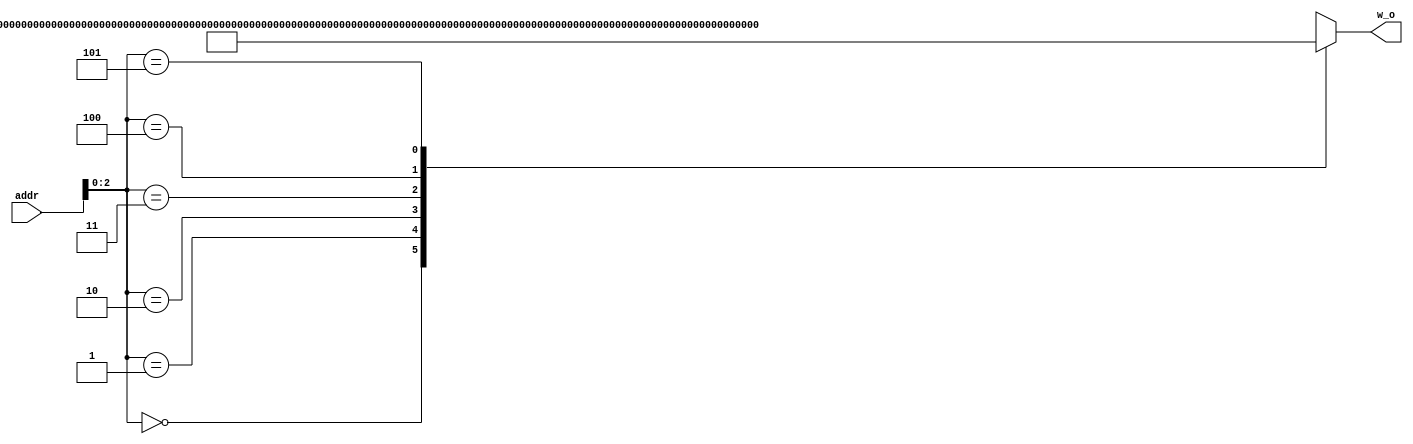
module bo_buffer #(
  parameter D_WL = 24,
  parameter UNITS_NUM = 5
)(
   input [7:0] addr,
   output [UNITS_NUM*D_WL-1:0] w_o
);

wire [D_WL*UNITS_NUM-1:0] w_fix [0:5];
assign w_o = w_fix[addr];
assign w_fix[0]='h000ee1ffee0f00047200060ffff950;
assign w_fix[1]='hfff243fff578fff36d0001d20000eb;
assign w_fix[2]='hfff213fff2dbfff08f0009e6ffeae6;
assign w_fix[3]='hffee59ffe75700011e000ac6000491;
assign w_fix[4]='hfff027fffb2c00126afffbb8ffea99;
assign w_fix[5]='hffe980fff908fff497ffe8ff000f55;

endmodule